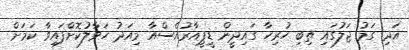
އަދި ގަމު ޖަލުގައި ތިބި ހުރިހާ ގައިދީން ޑީޕީއާރުއެސްއާ މިއަދު ހަވާލުކޮށްފައިވާ ކަމަށް